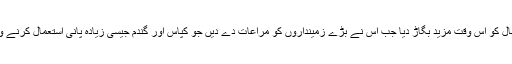
حکومت نے صورتِ حال کو اس وقت مزید بگاڑ دیا جب اس نے بڑے زمینداروں کو مراعات دے دیں جو کپاس اور گندم جیسی زیادہ پانی استعمال کرنے والی فصلیں اگاتے تھے۔